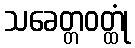
သခေတ္တဝတ္ထုံ